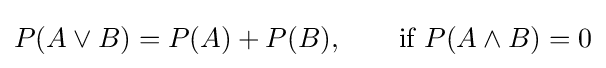
P(A\lor B)=P(A)+P(B),\qquad {\text{if }}P(A\land B)=0